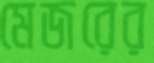
মেজরের